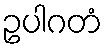
ဥပါဂတံ